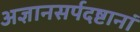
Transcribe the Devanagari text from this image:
अज्ञानसर्पदष्टानां